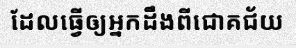
ដែលធ្វើឲ្យអ្នកដឹងពីជោគជ័យ